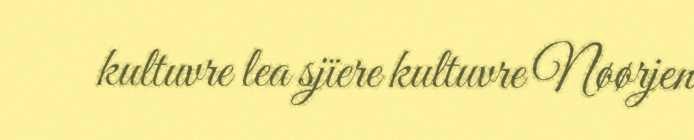
kultuvre lea sjïere kultuvre Nøørjen